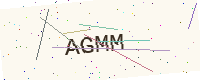
Text: AGMM